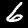
Digit: 6